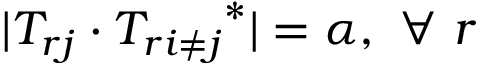
| T _ { r j } \cdot { T _ { r { i \neq j } } } ^ { * } | = \alpha , ~ \forall ~ r